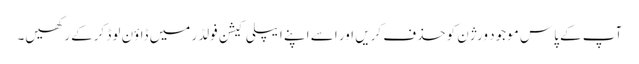
آپ کے پاس موجود ورژن کو حذف کریں اور اسے اپنے ایپلی کیشن فولڈر میں ڈاؤن لوڈ کرکے رکھیں۔